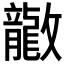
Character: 𫿤